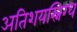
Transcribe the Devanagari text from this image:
अतिशयस्निग्ध